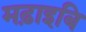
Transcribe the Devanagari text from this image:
मढ़ाइबि